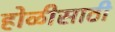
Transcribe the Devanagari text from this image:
होळीसाठी